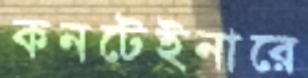
কনটেইনারে